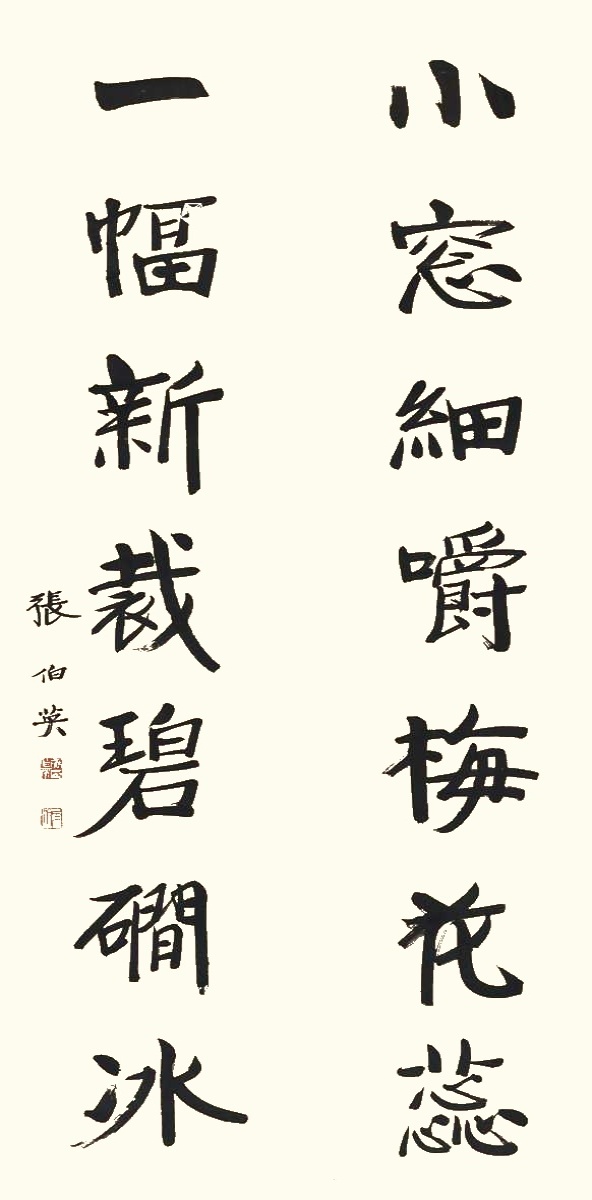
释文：小窗细嚼梅花蕊，一幅新裁碧磵冰。张伯英。